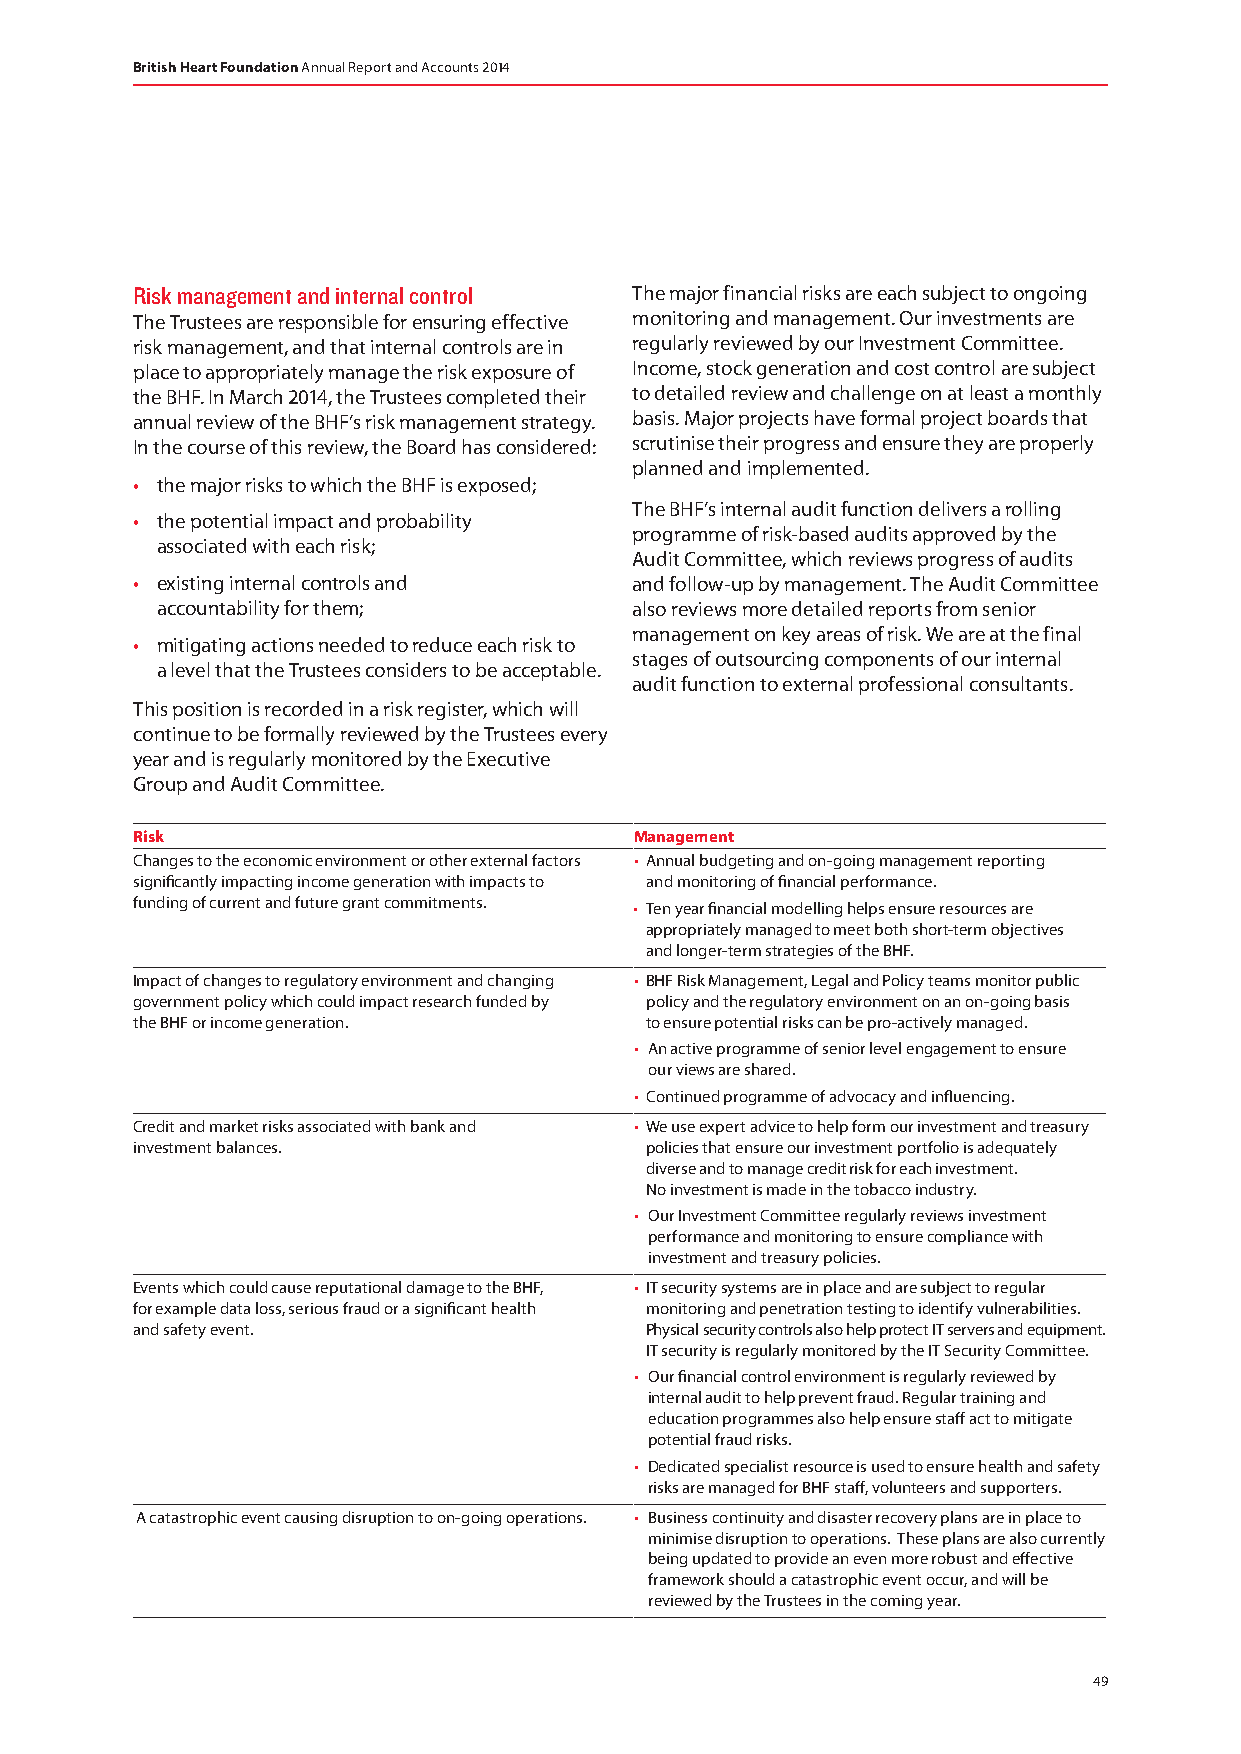
British Heart Foundation Annual Report and Accounts 2014
 Risk management and internal control The major financial risks are each subject to ongoing
 The Trustees are responsible for ensuring effective monitoring and management. Our investments are
 risk management, and that internal controls are in regularly reviewed by our Investment Committee.
 place to appropriately manage the risk exposure of Income, stock generation and cost control are subject
 the BHF. In March 2014, the Trustees completed their to detailed review and challenge on at least a monthly
 annual review of the BHF’s risk management strategy. basis. Major projects have formal project boards that
 In the course of this review, the Board has considered: scrutinise their progress and ensure they are properly
 planned and implemented.
 • the major risks to which the BHF is exposed;
 The BHF’s internal audit function delivers a rolling
 • the potential impact and probability
 programme of risk-based audits approved by the
 associated with each risk;
 Audit Committee, which reviews progress of audits
 • existing internal controls and and follow-up by management. The Audit Committee
 accountability for them;        also reviews more detailed reports from senior
 management on key areas of risk. We are at the final
 • mitigating actions needed to reduce each risk to
 stages of outsourcing components of our internal
 a level that the Trustees considers to be acceptable.
 audit function to external professional consultants.
 This position is recorded in a risk register, which will
 continue to be formally reviewed by the Trustees every
 year and is regularly monitored by the Executive
 Group and Audit Committee.
 Risk                             Management
 Changes to the economic environment or other external factors • Annual budgeting and on-going management reporting
 significantly impacting income generation with impacts to and monitoring of financial performance.
 funding of current and future grant commitments. • Ten year financial modelling helps ensure resources are
 appropriately managed to meet both short-term objectives
 and longer-term strategies of the BHF.
 Impact of changes to regulatory environment and changing • BHF Risk Management, Legal and Policy teams monitor public
 government policy which could impact research funded by policy and the regulatory environment on an on-going basis
 the BHF or income generation.     to ensure potential risks can be pro-actively managed.
 • An active programme of senior level engagement to ensure
 our views are shared.
 • Continued programme of advocacy and influencing.
 Credit and market risks associated with bank and • We use expert advice to help form our investment and treasury
 investment balances.              policies that ensure our investment portfolio is adequately
 diverse and to manage credit risk for each investment.
 No investment is made in the tobacco industry.
 • Our Investment Committee regularly reviews investment
 performance and monitoring to ensure compliance with
 investment and treasury policies.
 Events which could cause reputational damage to the BHF, • IT security systems are in place and are subject to regular
 for example data loss, serious fraud or a significant health monitoring and penetration testing to identify vulnerabilities.
 and safety event.                 Physical security controls also help protect IT servers and equipment.
 IT security is regularly monitored by the IT Security Committee.
 • Our financial control environment is regularly reviewed by
 internal audit to help prevent fraud. Regular training and
 education programmes also help ensure staff act to mitigate
 potential fraud risks.
 • Dedicated specialist resource is used to ensure health and safety
 risks are managed for BHF staff, volunteers and supporters.
 A catastrophic event causing disruption to on-going operations. • Business continuity and disaster recovery plans are in place to
 minimise disruption to operations. These plans are also currently
 being updated to provide an even more robust and effective
 framework should a catastrophic event occur, and will be
 reviewed by the Trustees in the coming year.
 49